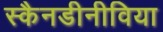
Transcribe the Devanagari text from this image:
स्कैनडीनीविया